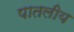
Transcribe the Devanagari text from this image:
पातलीय